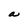
Character: a